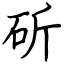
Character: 斫